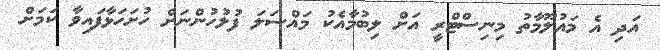
އަދި އެ މައުލޫމާތު މިނިސްޓްރީ އަށް ލިބުމާއެކު މައްސަލަ ފުލުހުންނަށް ހުށަހަޅާފައިވާ ކަމަށް